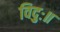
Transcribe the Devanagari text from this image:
विदुः॥